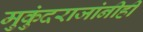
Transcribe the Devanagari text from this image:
मुकुंदराजांनीही